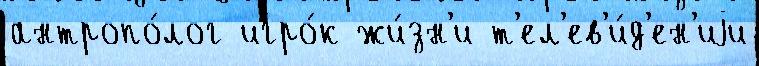
антропо́лог игро́к жи́зн'и т'ел'ев'и́д'ен'иjи